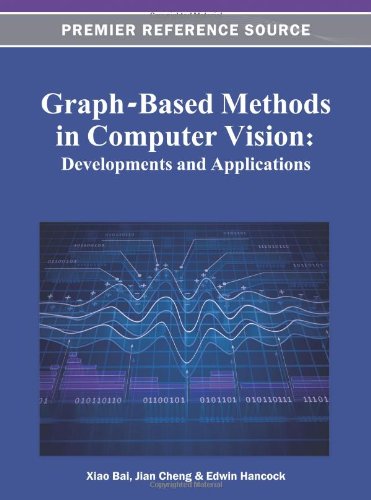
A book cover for Graph-Based Methods in Computer Vision: Developments and Applications; Xiao Bai; Computers & Technology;